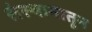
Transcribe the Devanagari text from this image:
संस्थानातून